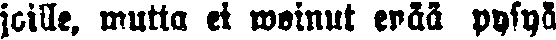
joille, mutta ei woinut enää pysyä